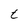
Character: t